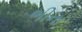
ભીના